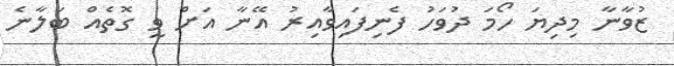
ޒުވާނާ މިދިޔަ ހޯމަ ދުވަހު ފެނިފައިވާއިރު އޭނާ އަށް ވީ ގޮތެއް ބަލާނެ